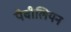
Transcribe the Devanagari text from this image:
पैवीलियन